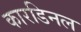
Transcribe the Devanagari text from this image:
कारडिनल